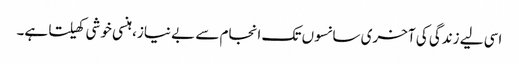
اسی لیے زندگی کی آخری سانسوں تک انجام سے بے نیاز، ہنسی خوشی کھیلتا ہے۔